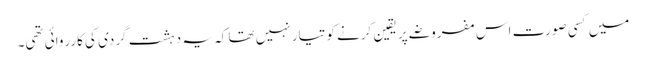
میں کسی صورت اس مفروضے پر یقین کرنے کو تیار نہیں تھا کہ یہ دہشت گردی کی کارروائی تھی۔